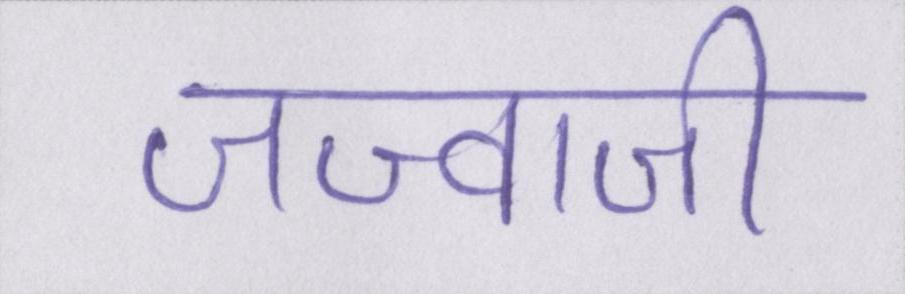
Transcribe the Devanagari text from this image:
जज्बाजी